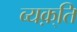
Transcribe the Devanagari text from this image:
व्यक़्ति